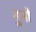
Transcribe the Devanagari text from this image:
नुनो